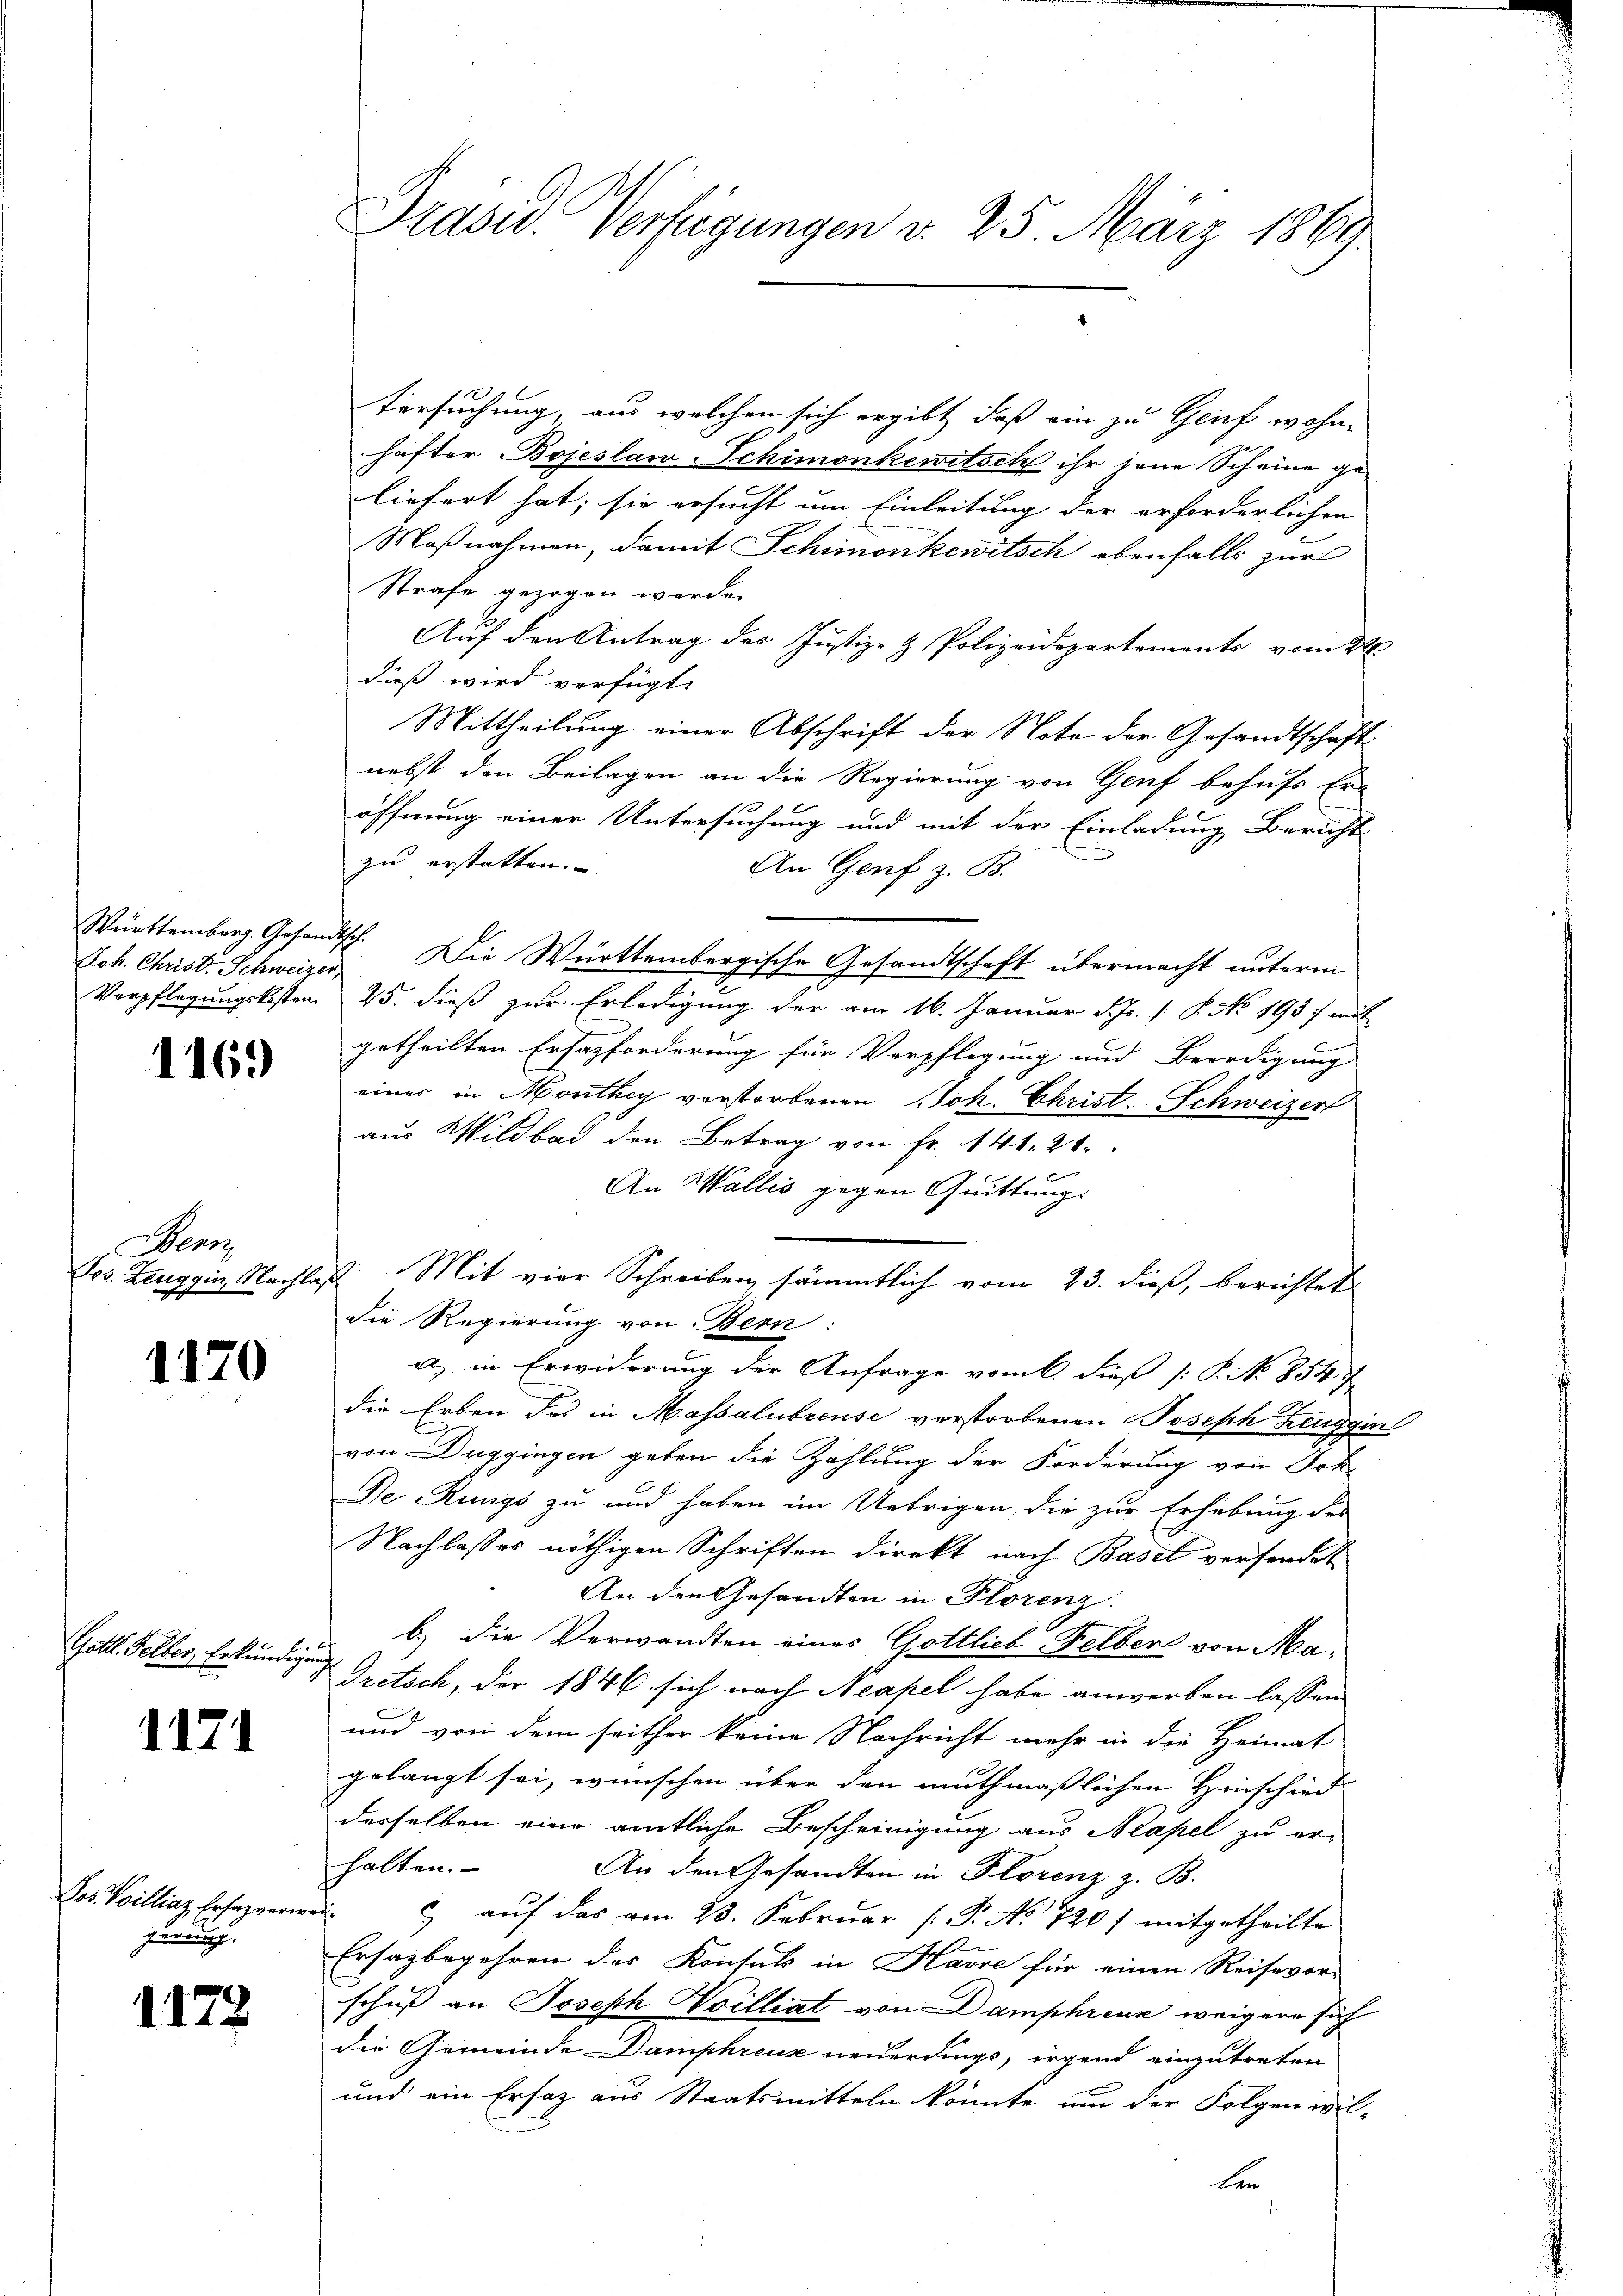
Joh. Christ. Schweizer,

116.

Benz

1170

Gott. Selber, Erkundigung

1171

gerung

1172

Versuchung, aus welchen sich ergibt, daß ein zu Genf wohn-
hafter Bojeslan-Schimonkewitsch ihr jene Scheine geliefert hat; sie ersucht um Einleitung der erforderlichen
Maßnahmen, damit Schimonkewitsch ebenfalls zur
Strafe gezogen werde.
Auf den Antrag des Justiz- & Polizeidepartements vom 2t
dieß wird verfügt:
Mittheilung einer Abschrift der Note der Gesandtschaft
nebst den Beilagen an die Regierung von Genf behufs Er-
öffnung einer Untersuchung und mit der Einladung Bericht
zu erstatten.
An Genf z. B.
Württemberg. Gesandtsch. Die Württembergische Gesandtschaft übermacht unterm
Verpflegungskosten 25. dieß zur Erledigung der am 16. Januar d. Js. [ P. No. 1937 mit
getheilten Ersatzforderung für Verpflegung und Beerdigung
einer in Monthey verstorbenen Joh. Christ. Schweizer
aus Wildbad den Betrag von Fr. 141. 21.
An Wallis gegen Quittung.
Jos. Zeuggin Nachlaß Mit vier Schreiben, sämmtlich vom 23. dieß, berichtet
die Regierung von Bern:
a) in Erwiderung der Anfrage vom 6. dieß [P. N. 854
die Erben des in Massalibrense verstorbenen Joseph Henggin
von Duggingen geben die Zahlung der Forderung von Sch
De Rungs zu und haben im Uebrigen die zur Erhebung des
Nachlasses nöthigen Schriften direkt nach Basel versendet
An den Gesandten in Florenz
b.) Die Verwandten eines Gottlich Felber von Ma¬
Oretsch, der 1846 sich nach Neapel habe anwerben lassen
und von dem seither keine Nachricht mehr in die Heimat
gelangt sei, wünschen über den muthmaßlichen Hinschied
derselben eine amtliche Bescheinigung aus Neapel zu er-
halten.
An den Gesandten in Florenz z. B.
Se illa haeri. aŭf das am 23. Febrŭar (T. No 720) mitgetheilte
Ersazbegehren des Kontuls in Havre für einen Reisevor-
schuß an Joseph Williat von Damphreur weigere sich
die Gemeinde Damphreuk neuerdings, irgend einzutreten
und ein Ersatz aus Staatsmitteln könnte um der Folgen wil-
ben

Präsid. Verfügungen d. 25. März 1869.